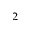
^ { 2 }